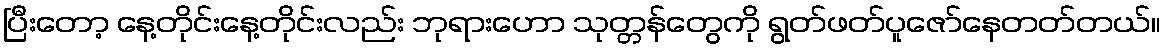
ပြီးတော့ နေ့တိုင်းနေ့တိုင်းလည်း ဘုရားဟော သုတ္တန်တွေကို ရွတ်ဖတ်ပူဇော်နေတတ်တယ်။